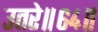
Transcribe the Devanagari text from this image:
उतरे॥६४॥